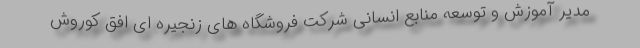
مدیر آموزش و توسعه منابع انسانی شرکت فروشگاه های زنجیره ای افق کوروش